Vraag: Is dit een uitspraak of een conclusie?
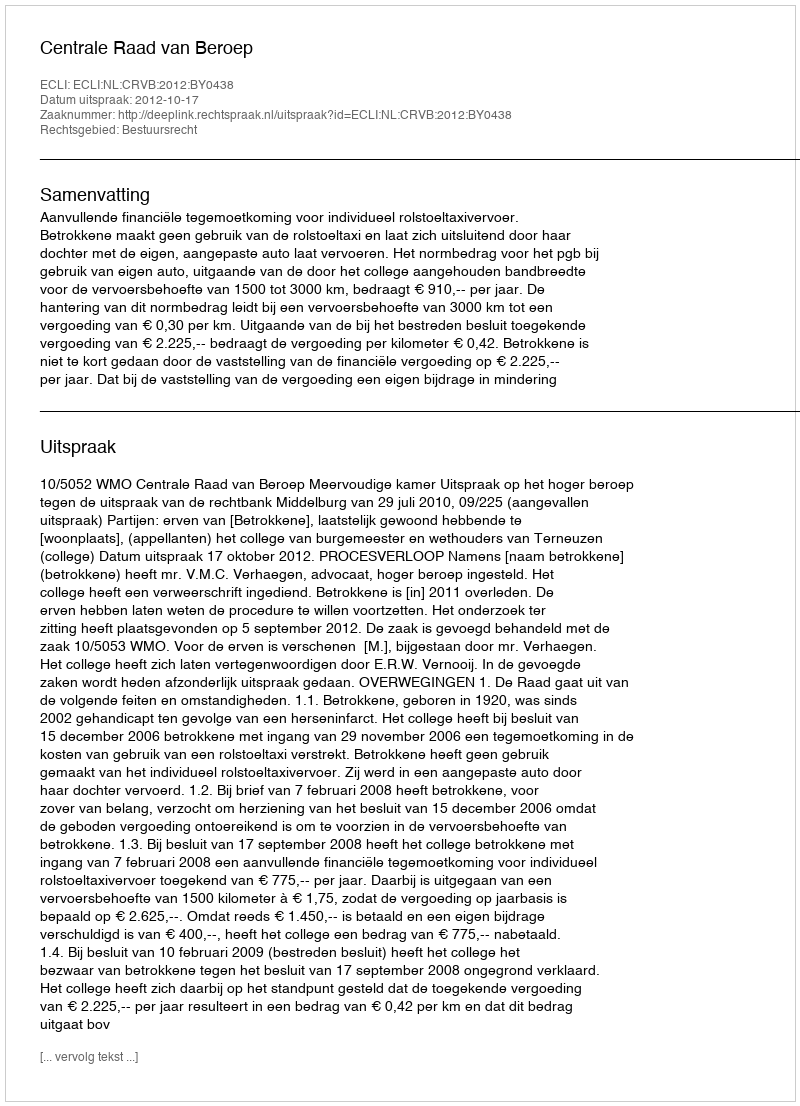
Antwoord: Uitspraak